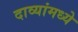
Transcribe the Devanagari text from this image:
दाव्यांमध्ये